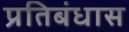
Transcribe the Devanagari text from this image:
प्रतिबंधास